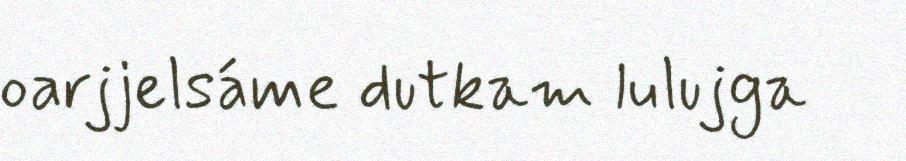
oarjjelsáme dutkam lulujga